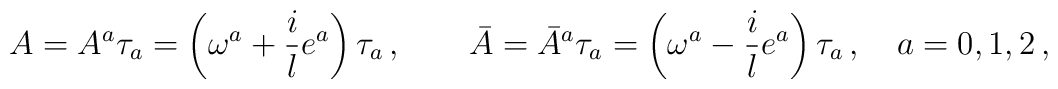
A = A^a\tau_a = \left(\omega^a + \frac il e^a\right)\tau_a\,, \qquad\bar A = {\bar A}^a\tau_a = \left(\omega^a - \frac il e^a\right)\tau_a\,,\quad a = 0,1,2\,,